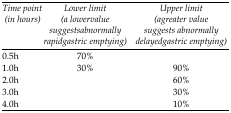
<table><thead><tr><td><b>Time point (in hours)</b></td><td><b>Lower limit (a lowervalue suggestsabnormally rapidgastric emptying)</b></td><td><b>Upper limit (agreater value suggests abnormally delayedgastric emptying)</b></td></tr></thead><tbody><tr><td>0.5h</td><td>70%</td><td></td></tr><tr><td>1.0h</td><td>30%</td><td>90%</td></tr><tr><td>2.0h</td><td></td><td>60%</td></tr><tr><td>3.0h</td><td></td><td>30%</td></tr><tr><td>4.0h</td><td></td><td>10%</td></tr></tbody></table>